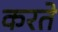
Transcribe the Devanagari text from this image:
करते